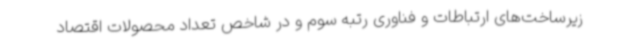
زیرساخت‌های ارتباطات و فناوری رتبه سوم و در شاخص تعداد محصولات اقتصاد